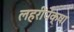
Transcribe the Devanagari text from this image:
लहरींपेक्षा